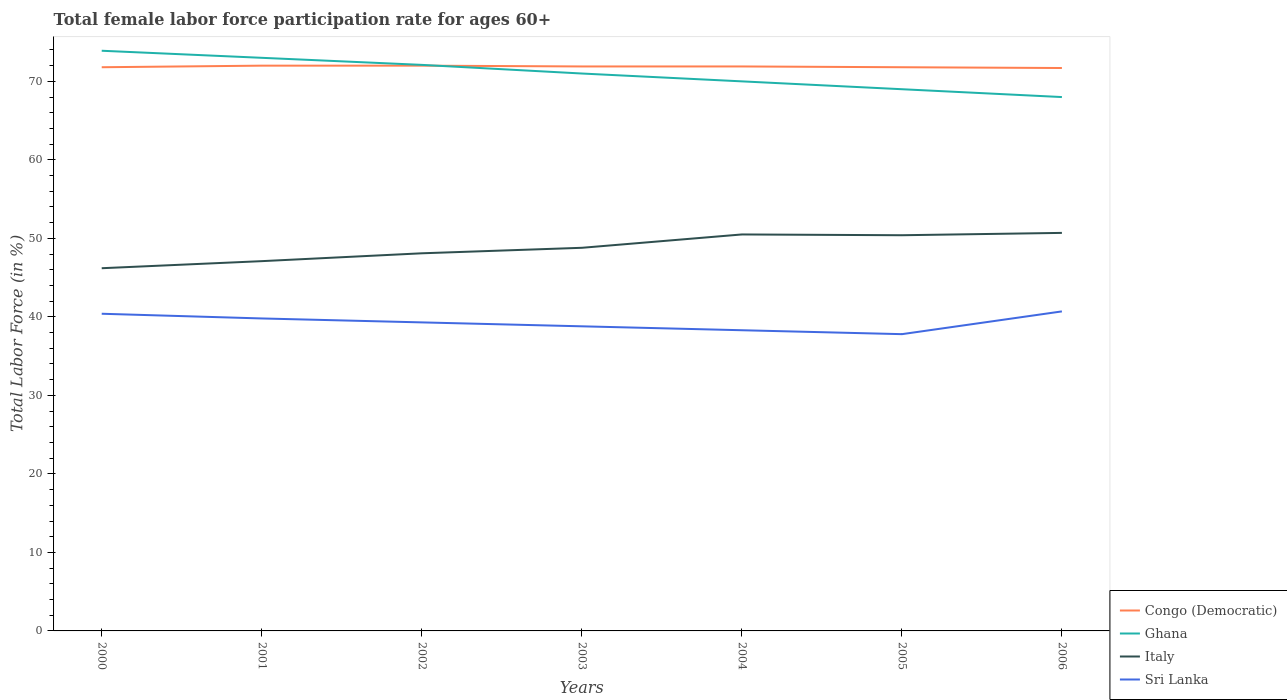
| Years | Congo (Democratic) | Ghana | Italy | Sri Lanka |
 | --- | --- | --- | --- | --- |
 | 2000 | 71.8 | 73.9 | 46.2 | 40.4 |
 | 2001 | 72 | 73 | 47.1 | 39.8 |
 | 2002 | 72 | 72.1 | 48.1 | 39.3 |
 | 2003 | 71.9 | 71 | 48.8 | 38.8 |
 | 2004 | 71.9 | 70 | 50.5 | 38.3 |
 | 2005 | 71.8 | 69 | 50.4 | 37.8 |
 | 2006 | 71.7 | 68 | 50.7 | 40.7 |